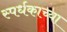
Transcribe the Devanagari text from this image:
स्पर्धकाच्या